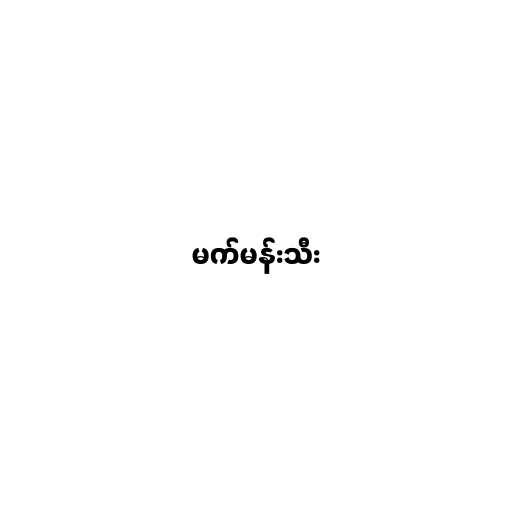
မက်မန်းသီး